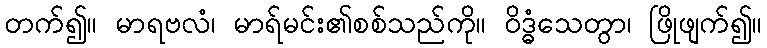
တက်၍။ မာရဗလံ၊ မာရ်မင်း၏စစ်သည်ကို။ ဝိဒ္ဓံသေတွာ၊ ဖြိုဖျက်၍။